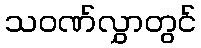
သဝဏ်လွှာတွင်